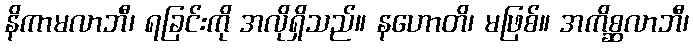
နိကာမလာဘီ၊ ရခြင်းကို အလိုရှိသည်။ နဟောတိ၊ မဖြစ်။ အကိစ္ဆလာဘီ၊